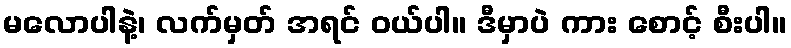
မလောပါနဲ့၊ လက်မှတ် အရင် ဝယ်ပါ။ ဒီမှာပဲ ကား စောင့် စီးပါ။